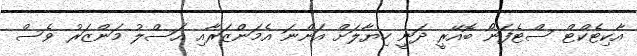
އާކިޓެކްޓް ސްޓެފަނޯ ބޮއޭރީ ދަނީ ހިޔާލަށް އަންނަ އެމަންޒަރާއި އަސްލު މަންޒަރު ވެސް